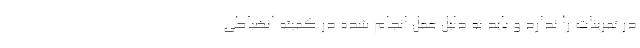
در تمرینات را ندارد و باید به دلیل عمل انجام شده در کمیته انضباطی